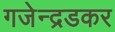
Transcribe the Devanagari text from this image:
गजेन्द्रडकर